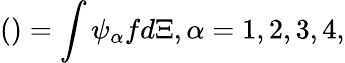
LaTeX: \left(\begin{array}{rl}\end{array}\right)=\int{{{\psi}_{\alpha}}fd\Xi,\alpha=1,2,3,4},